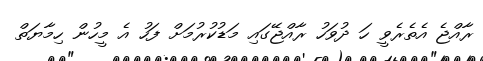
ރާއްޖެ އެތެރެވީ ހަ ދުވަހު ރާއްޖޭގައި މަޑުކުރުމަށް ފަހު އެ މީހުން ހިމާޔަތް